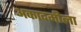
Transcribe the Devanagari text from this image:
अकादमीला